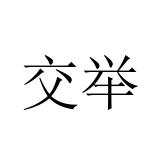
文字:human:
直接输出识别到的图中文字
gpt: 交举